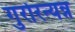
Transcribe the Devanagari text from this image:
गुरोरन्यन्न